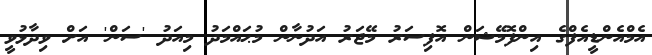
އެމްއެންޑީއެފްގެ އިންފޮމޭޝަން އޮފިސަރު މޭޖަރު އަދުނާން މުޙައްމަދު މިއަދު 'ސަން' އަށް ވިދާޅުވީ